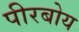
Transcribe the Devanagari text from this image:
पीरबोय